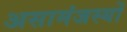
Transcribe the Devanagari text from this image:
असामंजस्यों